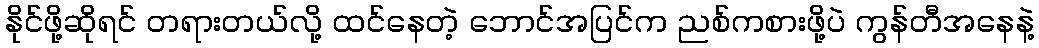
နိုင်ဖို့ဆိုရင် တရားတယ်လို့ ထင်နေတဲ့ ဘောင်အပြင်က ညစ်ကစားဖို့ပဲ ကွန်တီအနေနဲ့